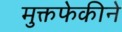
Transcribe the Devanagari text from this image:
मुक्तफेकीने